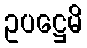
ဥပဋ္ဌေမိ